Annual statistical returns and brief notes on vaccination in Bengal - 1896-1909
Year: 1896
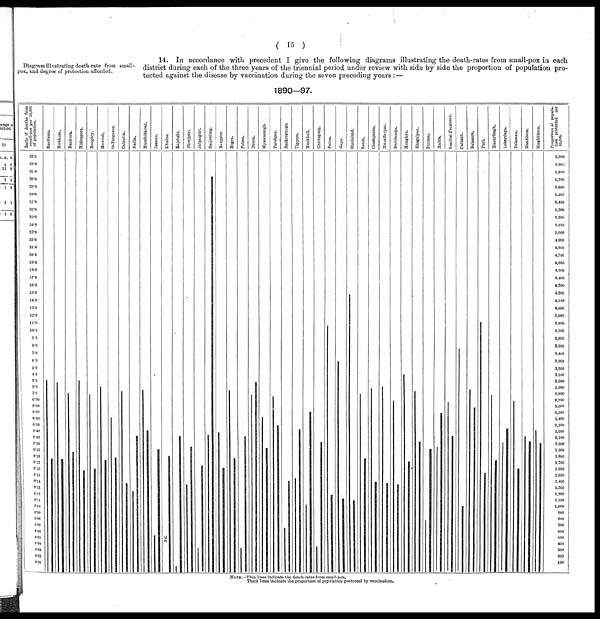
( 15 )
Diagram illustrating death-rate from small-
pox, and degree of protection afforded.
14. In accordance with precedent I give the following diagrams illustrating the death-rates from small-pox in each
district during each of the three years of the triennial period under review with side by side the proportion of population pro-
tected against the disease by vaccination during the seven preceding years :—
1890—97.
NOTE.—Thin lines indicate the death-rates from small-pox.
Thick lines indicate the proportion of population protected by vaccination.